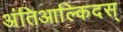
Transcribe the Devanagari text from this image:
अंतिआल्किदस्